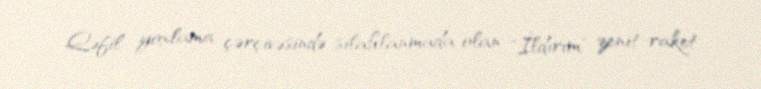
Qəfil yoxlama çərçivəsində silahlanmada olan "İldırım" zenit-raket